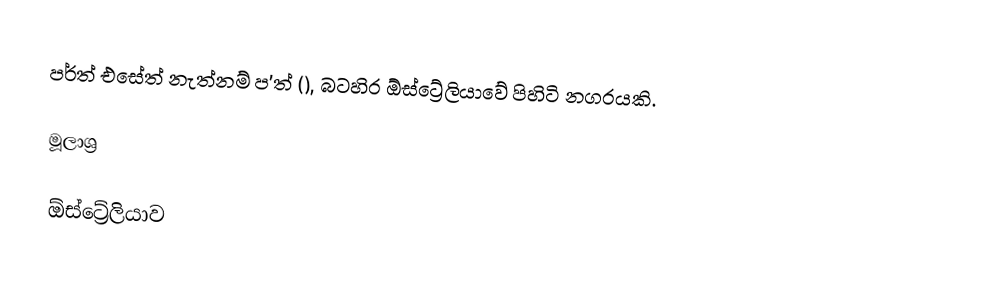
පර්ත් එසේත් නැත්නම් ප'ත් (), බටහිර ඕස්ට්‍රේලියාවේ පිහිටි නගරයකි.

මූලාශ්‍ර

ඕස්ට්‍රේලියාව